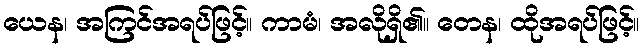
ယေန၊ အကြင်အရပ်ဖြင့်။ ကာမံ၊ အလိုရှိ၏။ တေန၊ ထိုအရပ်ဖြင့်။